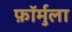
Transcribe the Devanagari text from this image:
फ़ॉर्मुला